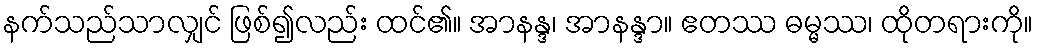
နက်သည်သာလျှင် ဖြစ်၍လည်း ထင်၏။ အာနန္ဒ၊ အာနန္ဒာ။ ဧတဿ ဓမ္မဿ၊ ထိုတရားကို။